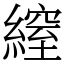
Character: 𦄔